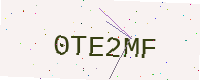
Text: 0TE2MF